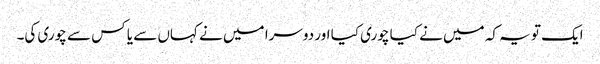
ایک تو یہ کہ میں نے کیا چوری کیا اور دوسرا میں نے کہاں سے یا کس سے چوری کی۔